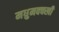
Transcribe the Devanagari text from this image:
मधुमक्क्खी